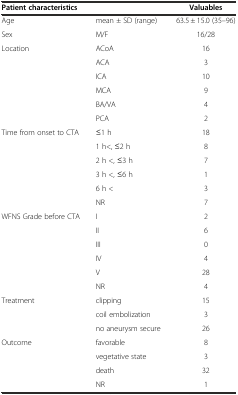
<table><thead><tr><td><b>Patient characteristics</b></td><td></td><td><b>Valuables</b></td></tr></thead><tbody><tr><td>Age</td><td>mean ± SD (range)</td><td>63.5 ± 15.0 (35–96)</td></tr><tr><td>Sex</td><td>M/F</td><td>16/28</td></tr><tr><td rowspan="6">Location</td><td>ACoA</td><td>16</td></tr><tr><td>ACA</td><td>3</td></tr><tr><td>ICA</td><td>10</td></tr><tr><td>MCA</td><td>9</td></tr><tr><td>BA/VA</td><td>4</td></tr><tr><td>PCA</td><td>2</td></tr><tr><td rowspan="6">Time from onset to CTA</td><td>≤1 h</td><td>18</td></tr><tr><td>1 h&lt;, ≤2 h</td><td>8</td></tr><tr><td>2 h &lt;, ≤3 h</td><td>7</td></tr><tr><td>3 h &lt;, ≤6 h</td><td>1</td></tr><tr><td>6 h &lt;</td><td>3</td></tr><tr><td>NR</td><td>7</td></tr><tr><td rowspan="6">WFNS Grade before CTA</td><td>I</td><td>2</td></tr><tr><td>II</td><td>6</td></tr><tr><td>III</td><td>0</td></tr><tr><td>IV</td><td>4</td></tr><tr><td>V</td><td>28</td></tr><tr><td>NR</td><td>4</td></tr><tr><td rowspan="3">Treatment</td><td>clipping</td><td>15</td></tr><tr><td>coil embolization</td><td>3</td></tr><tr><td>no aneurysm secure</td><td>26</td></tr><tr><td rowspan="4">Outcome</td><td>favorable</td><td>8</td></tr><tr><td>vegetative state</td><td>3</td></tr><tr><td>death</td><td>32</td></tr><tr><td>NR</td><td>1</td></tr></tbody></table>